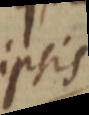
ipsis